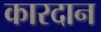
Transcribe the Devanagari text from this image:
कारदान